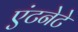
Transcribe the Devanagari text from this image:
एंटनेटे